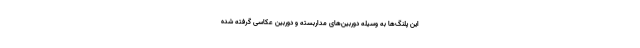
این پلنگ‌ها به وسیله دوربین‌های مداربسته و دوربین عکاسی گرفته شده